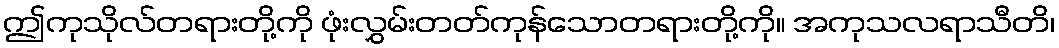
ဤကုသိုလ်တရားတို့ကို ဖုံးလွှမ်းတတ်ကုန်သောတရားတို့ကို။ အကုသလရာသီတိ၊